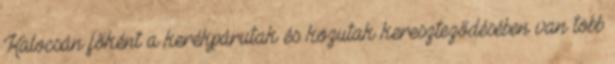
Kalocsán főként a kerékpárutak és közutak kereszteződésében van több